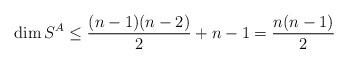
LaTeX: \begin{align*}\dim S^A\le\frac{(n-1)(n-2)}2+n-1=\frac{n(n-1)}2\end{align*}